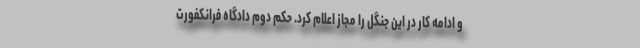
و ادامه کار در این جنگل را مجاز اعلام کرد. حکم دوم دادگاه فرانکفورت